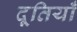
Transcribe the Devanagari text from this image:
दूतियाँ